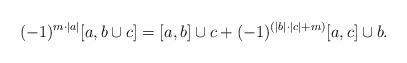
LaTeX: \begin{align*}(-1)^{m\cdot|a|}[a,b\cup c] =[a,b]\cup c + (-1)^{(|b|\cdot |c|+m)}[a,c]\cup b.\end{align*}